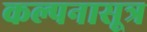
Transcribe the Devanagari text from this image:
कल्पनासूत्र